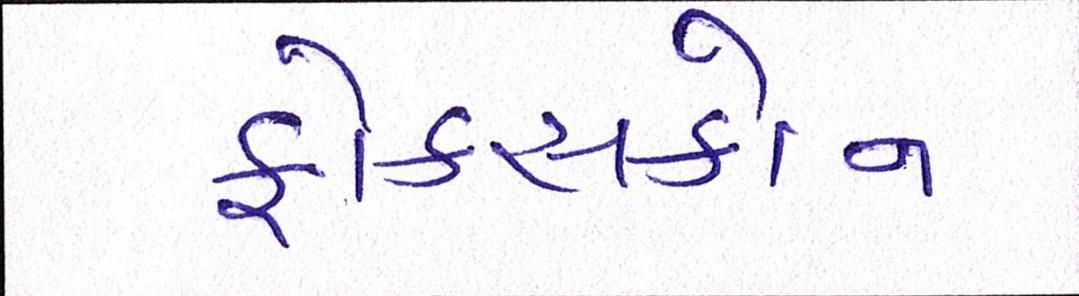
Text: ફોક્સકોન